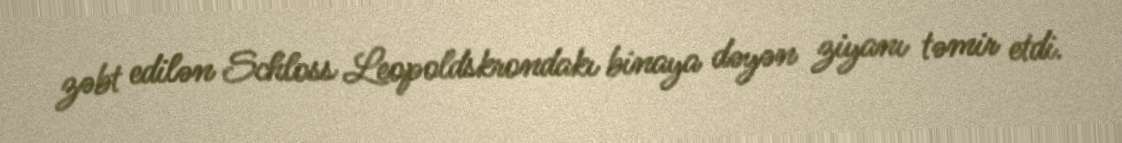
zəbt edilən Schloss Leopoldskrondakı binaya dəyən ziyanı təmir etdi.